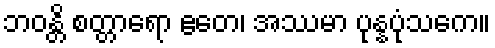
ဘဝန္တိ စတ္တာရော ဧတေ၊ အဿမာ ပုန္နပုံသကေ။